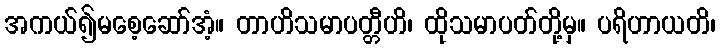
အကယ်၍မစေ့ဆော်အံ့။ တာဟိသမာပတ္တီဟိ၊ ထိုသမာပတ်တို့မှ။ ပရိဟာယတိ၊